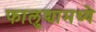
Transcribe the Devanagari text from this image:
फालुद्यामध्ये